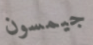
جيمسون